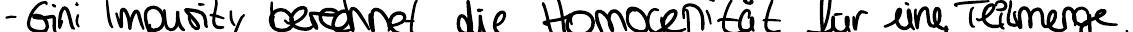
- Gini Impurity berechnet die Homogenität für eine Teilmenge